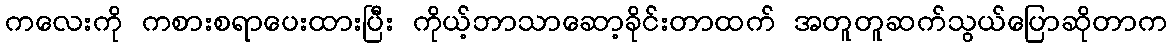
ကလေးကို ကစားစရာပေးထားပြီး ကိုယ့်ဘာသာဆော့ခိုင်းတာထက် အတူတူဆက်သွယ်ပြောဆိုတာက